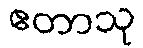
ဧတာသု